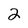
Character: 2